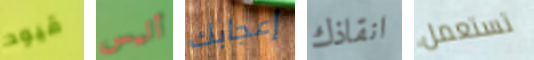
قيود أليس إعجابك انقاذك تستعمل